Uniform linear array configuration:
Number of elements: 16
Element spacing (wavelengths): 0.5
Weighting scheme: kaiser
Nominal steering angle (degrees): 15
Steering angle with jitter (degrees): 15.221
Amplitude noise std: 0.05
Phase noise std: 0.05

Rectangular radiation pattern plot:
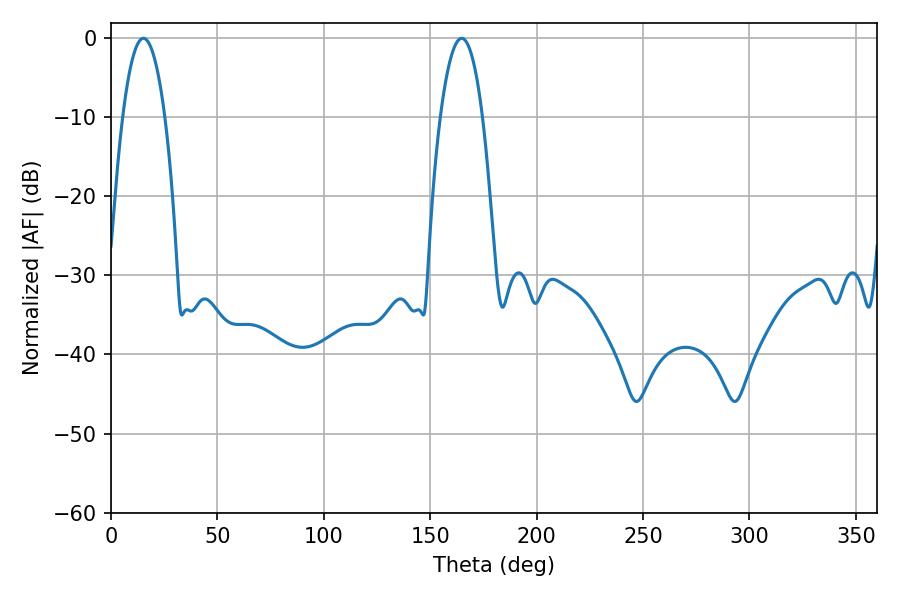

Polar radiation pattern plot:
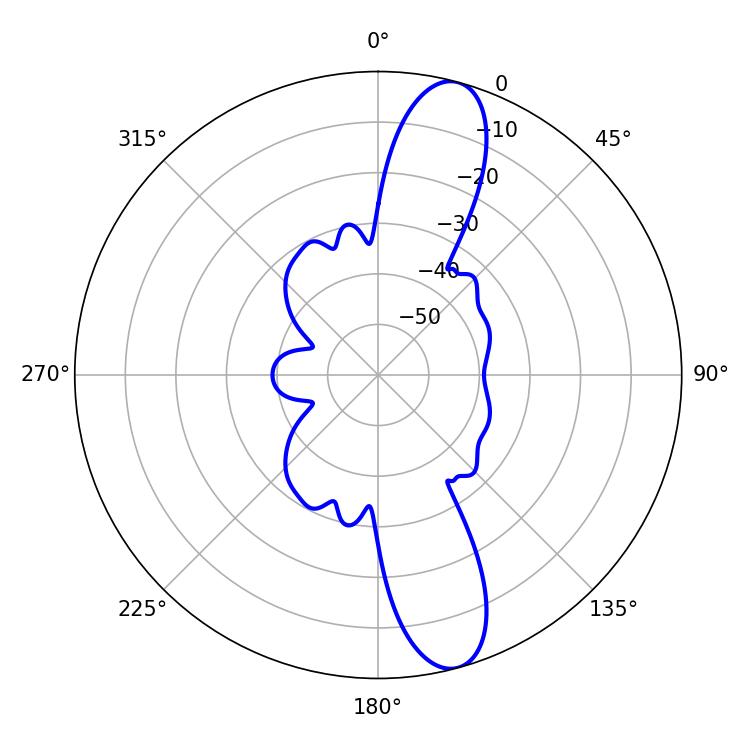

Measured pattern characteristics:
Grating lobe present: FALSE
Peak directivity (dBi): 12.686
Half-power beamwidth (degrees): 10.98
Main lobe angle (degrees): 15.3